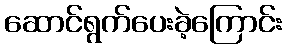
ဆောင်ရွက်ပေးခဲ့ကြောင်း